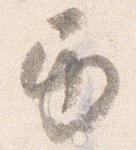
巻